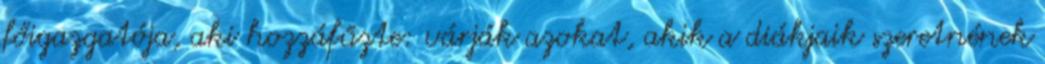
főigazgatója, aki hozzáfűzte: várják azokat, akik a diákjaik szeretnének